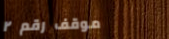
موقف رقم ٢